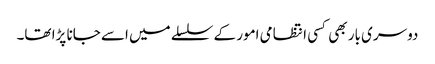
دوسری بار بھی کسی انتظامی امور کے سلسلے میں اسے جانا پڑا تھا۔